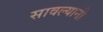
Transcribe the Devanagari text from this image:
सावल्यानी